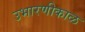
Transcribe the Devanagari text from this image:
उभारणीकाळ